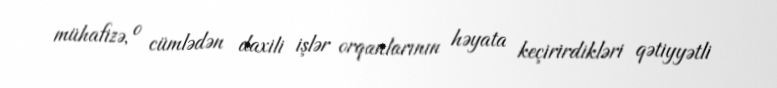
mühafizə, o cümlədən daxili işlər orqanlarının həyata keçirirdikləri qətiyyətli